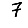
Digit: 7